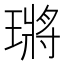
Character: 𤨿